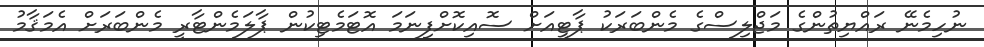
ނުހިމެނޭ ރައްޔިތުންގެ މަޖްލިސްގެ މެންބަރަކު ޕާޓީއަށް ސޮއިކޮށްފިނަމަ އޮޓަމެޓިކުން ޕާލަމެންޓާރީ މެންބަރަށް އެމަޤާމު